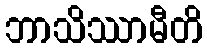
ဘာသိဿာမီတိ